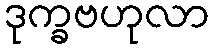
ဒုက္ခဗဟုလာ